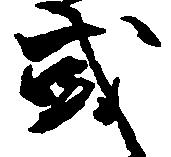
或